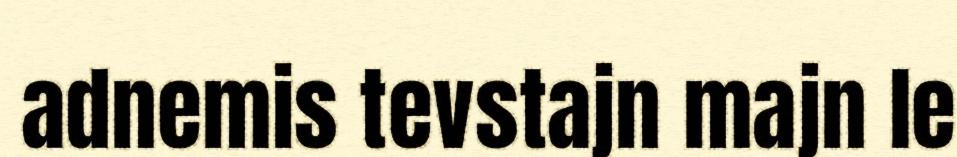
adnemis tevstajn majn le